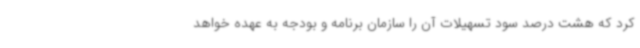
کرد که هشت درصد سود تسهیلات آن را سازمان برنامه و بودجه به عهده خواهد